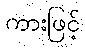
ကားဖြင့်